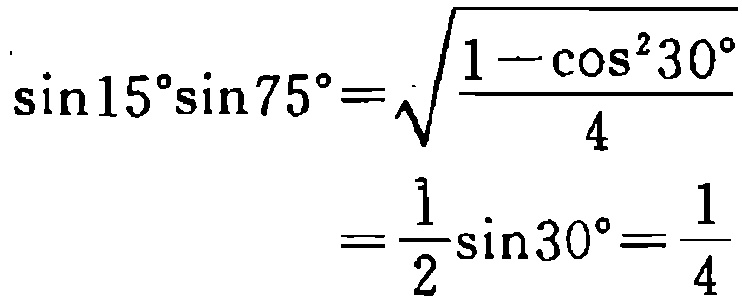
\[\begin{align*}
\sin15^{\circ}\sin75^{\circ}&=\sqrt{\frac{1 - \cos^{2}30^{\circ}}{4}}\\
&=\frac{1}{2}\sin30^{\circ}=\frac{1}{4}
\end{align*}\]